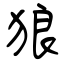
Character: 狼